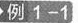
例1-1